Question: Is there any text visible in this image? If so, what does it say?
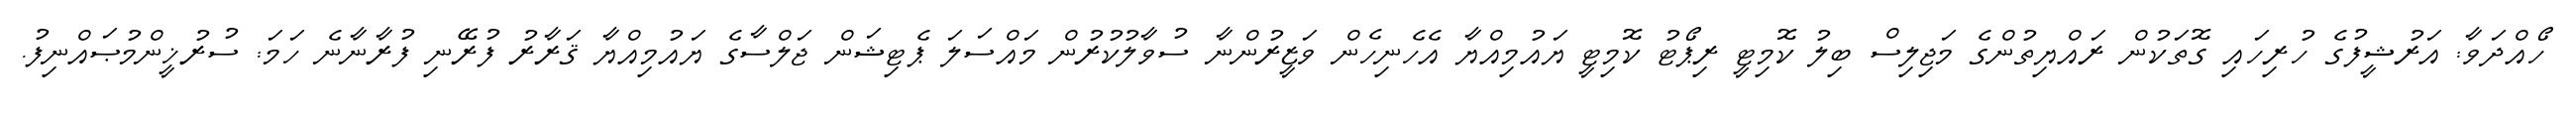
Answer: ހޯއްދަވާ: އަރުޝީފުގެ ހުރިހައި ގޮތަކުން ރައްޔިތުންގެ މަޖިލިސް ބިލު ކޮމިޓީ ރިޕޯޓު ކޮމިޓީ ޔައުމިއްޔާ އެހެނިހެން ވަޒީރުންނާ ސުވާލުކުރުން މައްސަލަ ޕެޓިޝަން ޖަލްސާގެ ޔައުމިއްޔާ ޤަރާރު ފުރޭނި ފުރާނާނެ ހަމަ: ސުރުޚީންމުޞައްނިފު.